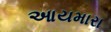
આયમારા